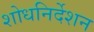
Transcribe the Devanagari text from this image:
शोधनिर्देशन